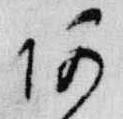
阿